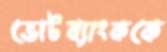
ভোটব্যাংককে